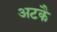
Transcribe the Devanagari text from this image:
अटकै